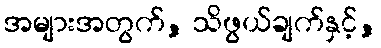
အများအတွက်, သိဖွယ်ချက်နှင့်,